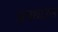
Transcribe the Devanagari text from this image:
अफ्थाउस